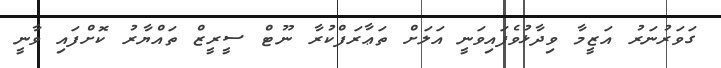
ގަވަރުނަރު އަޒީމާ ވިދާޅުވެފައިވަނީ އަލަށް ތަޢާރަފްކުރާ ނޫޓް ސީރީޒް ތައްޔާރު ކޮށްފައި ވާނީ